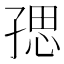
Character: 𭓑